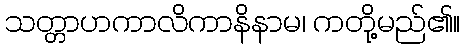
သတ္တာဟကာလိကာနိနာမ၊ ကတို့မည်၏။